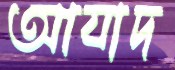
আযাদ